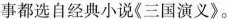
事都选自经典小说《三国演义》。